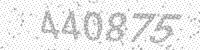
Solution: 440875